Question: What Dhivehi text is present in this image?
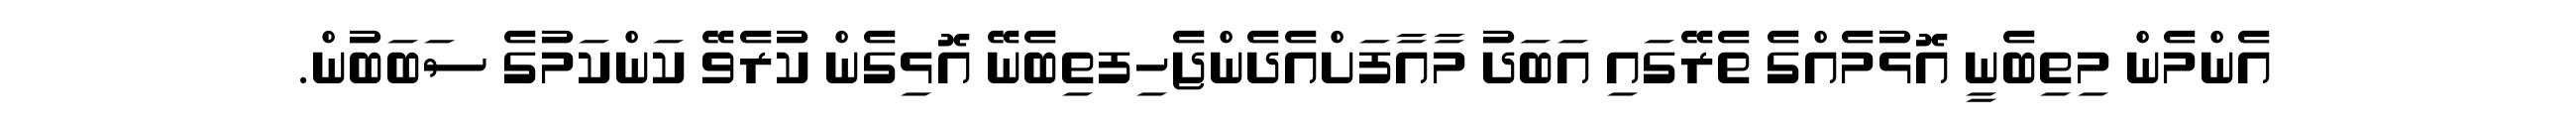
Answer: އެންމެން މިތިބެނީ އޮޅުމެއްގެ ތެރޭގައި އަބަދު މާއާފަށްއެދެންޖެހިފތިބެނޭ އޮޅިގެން ކުރެވޭ ކަންކަމުގެ ސަބަބުން.